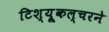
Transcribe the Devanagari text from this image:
टिश्यू्कल्चरने